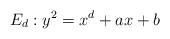
LaTeX: \begin{align*} E_d: y^2=x^d+ax+b\end{align*}